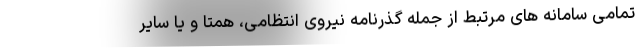
تمامی سامانه های مرتبط از جمله گذرنامه نیروی انتظامی، همتا و یا سایر